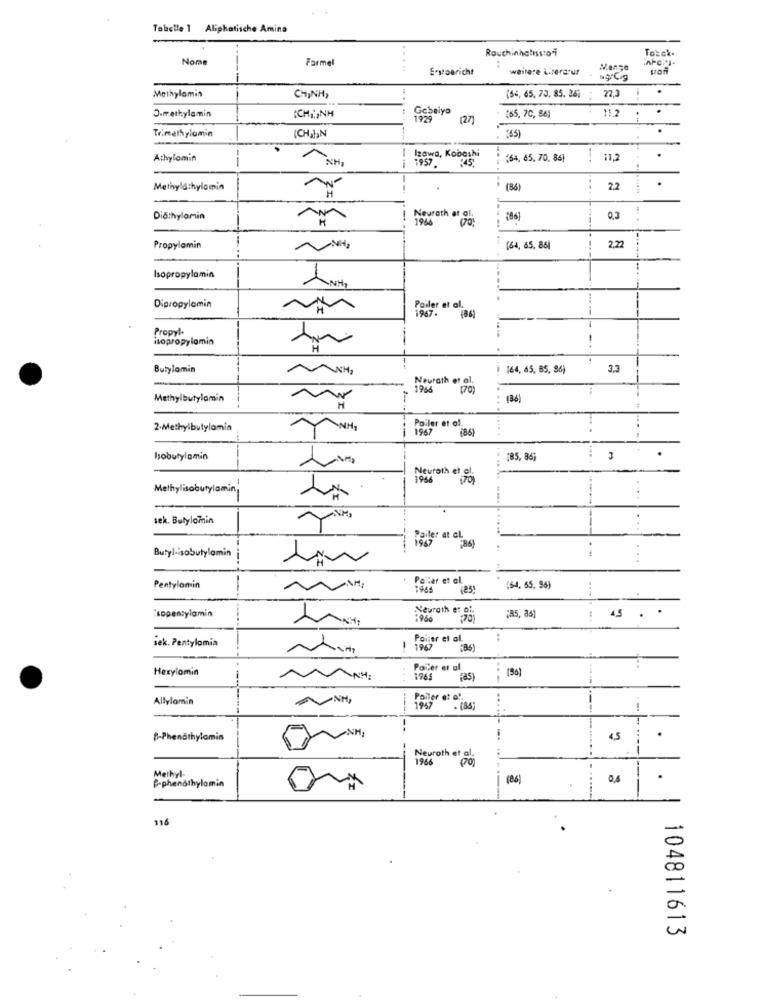
Tabelle 1 Aliphatische Amina
Rouchinhatisstori
Tokck-
Nome
Formel
.....
E.stooricht
:
weitere Literatur
sgrCig
CHINH
-
.
Methylamin
(54, 65, 73, 85. 26) : 27,3
ICH1,NH
11.2
D.methylamin
12)
{65, 70, 86)
.
Tr.methylamin
(CHAIN
. (65)
Athylomin
--
NH
1957
Izawa, Kobashi
"64, 85. 70, 86}
-.
11,2
..
Methylathylamin
(36)
2.2
I2
Diathylomin
Neurath et al.
1966
(86]
i
0.3
Propylamin
(64, 65, 86)
2.2
Isopropylamin
Dipropylomin
Poiler et al.
1967.
--
Propyl.
isopropylamin
-
Butylamin
i [64, 65, 85, 86)
3,3
Neurath et Si
Methylbutylamin
(36)
H
2-Methylbutylamia
Poiler "t "as)
Isobutylamin
185, 86]
Neuroth et 0
Methylisobutylamin
..
sek. Butylomin
...
Railer at al
1947
Butyl-isobutylamin
Pallar et al.
Pentylomin
1944
(64, 55, 96)
Neurath er of.
'sopentylamin
:960
;85, 86)
...
45
.
iek. Pentylomia
Poiser et al.
:
! 1967
Hexylomin
Paller et al.
NH.
...
1965
(as)
Allylamin
Poller et al.
1957
. (85)
....
-.
--
B-Phenathylamin
.
Neuroth et al.
1966
poj
P-phenothylamin
Methyl-
(86)
116
104811613